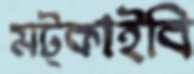
মট্‌কাইবি